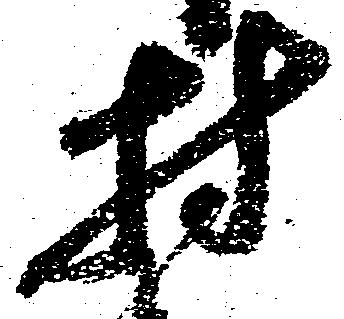
村